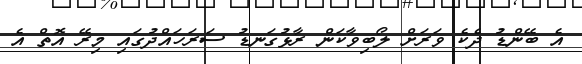
އެ ބޭންޑު ދެކެ ވަރަށް ލޯބިވާކަން ރާޅުގަނޑު ސަރަހައްދުގައި މިރޭ އޮތް އެ